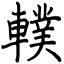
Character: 轐